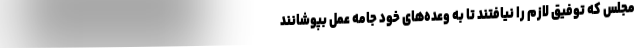
مجلس که توفیق لازم را نیافتند تا به وعده‌های خود جامه عمل بپوشانند